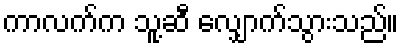
ကာလက်က သူ့ဆီ လျှောက်သွားသည်။